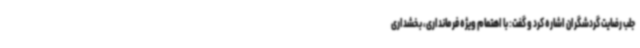
جلب رضایت گردشگران اشاره کرد و گفت: با اهتمام ویژه فرمانداری، بخشداری